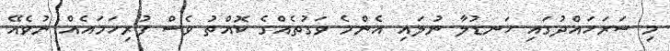
މި ސަރަހައްދުގައި ހަނޑުލާ ނުލައި އެންމެ ވަގުތެއްގެ ކޮއްތު ވެސް ފުރިހަމައެއް ނުވެއޭ